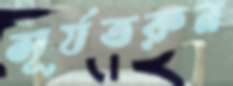
সূর্যতরুন